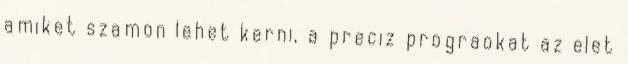
amiket szamon lehet kerni, a preciz prograokat az elet